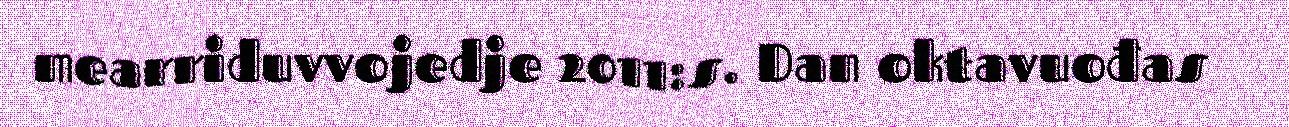
mearriduvvojedje 2011:s. Dan oktavuođas